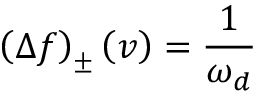
\left( \Delta f \right) _ { \pm } \left( v \right) = \frac { 1 } { \omega _ { d } }